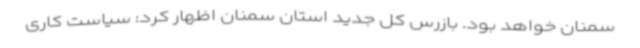
سمنان خواهد بود. بازرس کل جدید استان سمنان اظهار کرد: سیاست کاری